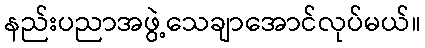
နည်းပညာအဖွဲ့သေချာအောင်လုပ်မယ်။